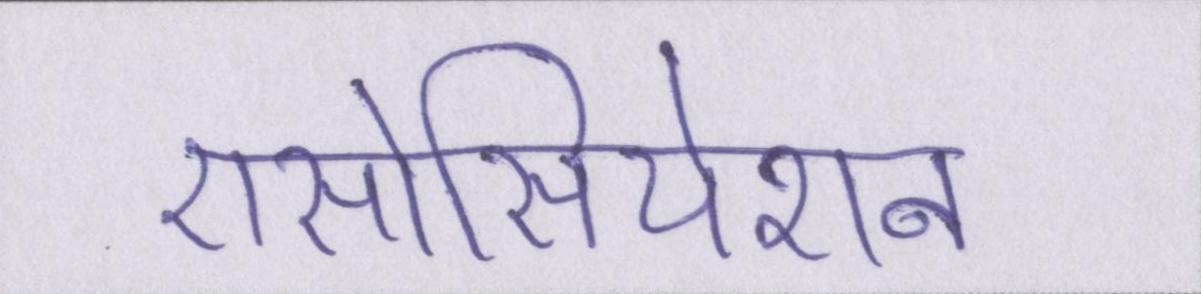
एसोसियेशन